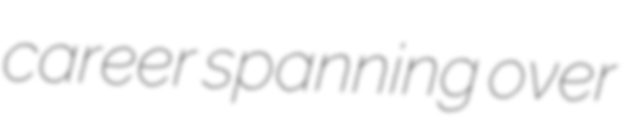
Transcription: career spanning over